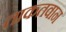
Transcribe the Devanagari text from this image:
ताकतवान